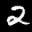
Label: 2